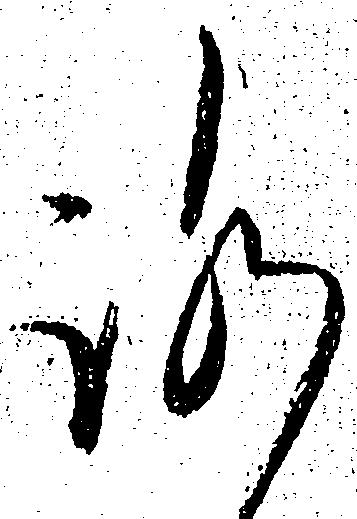
ろ